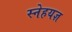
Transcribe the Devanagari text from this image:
स्नेहयज्ञ